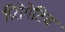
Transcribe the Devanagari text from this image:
प्रिरोगेटिव